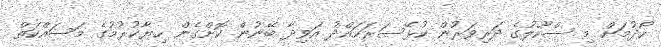
ހޯދުމަށް މި ސްކޫލުގެ ދަރިވަރުން ކުޅޭސަރަހައްދު އަވިދާ ބޭނުން ކޮށްގެން ހިޔާކުރުމުގެ މަސައްކަތް